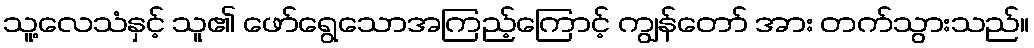
သူ့လေသံနှင့် သူ၏ ဖော်ရွေသောအကြည့်ကြောင့် ကျွန်တော် အား တက်သွားသည်။